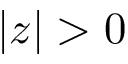
\vert z \vert > 0